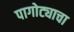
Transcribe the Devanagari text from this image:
पागोट्याचा